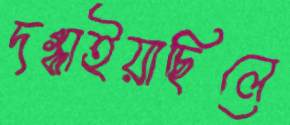
দগ্ধাইয়াছিলে